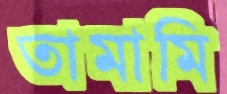
তামামি